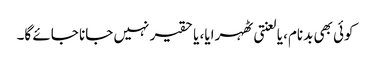
کوئی بھی بدنام، یا لعنتی ٹھہرایا، یا حقیر نہیں جانا جائے گا۔